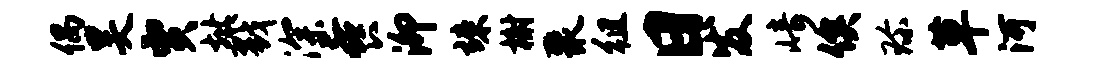
偶昊贾址戮深餐泖竦榭聚徂日发崎俟珍草河